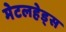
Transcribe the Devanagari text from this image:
मेटलहेड्स